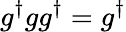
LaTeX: g^{\dagger}gg^{\dagger}=g^{\dagger}